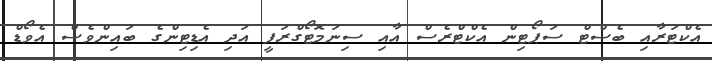
އެކްޓަރާއި ބެސްޓް ސަޕޯޓިން އެކްޓްރެސް އާއި ސިނަމޮޓޯގްރަފީ އަދި އެޑިޓިންގެ ބައިންވެސް އެވޯޑް